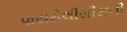
પાયરોલીસીસની